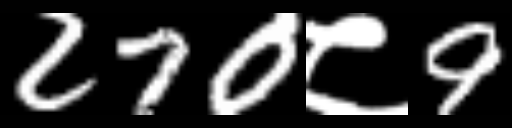
Text: 270८9